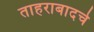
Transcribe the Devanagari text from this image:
ताहराबादचे